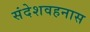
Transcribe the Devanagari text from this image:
संदेशवहनास